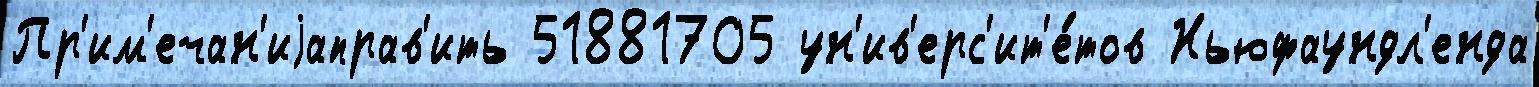
Пр'им'ечан'иjаправ'ить 51881705 ун'ив'ерс'ит'е́тов Ньюфаундл'енда